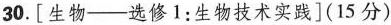
30.[生物——选修1：生物技术实践](15分)